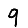
Digit: 9